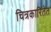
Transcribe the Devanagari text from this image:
चित्रकारितेत